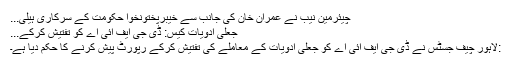
چیئرمین نیب نے عمران خان کی جانب سے خیبرپختونخوا حکومت کے سرکاری ہیلی...
جعلی ادویات کیس: ڈی جی ایف آئی اے کو تفتیش کرکے...
:لاہور چیف جسٹس نے ڈی جی ایف آئی اے کو جعلی ادویات کے معاملے کی تفتیش کرکے رپورٹ پیش کرنے کا حکم دیا ہے۔